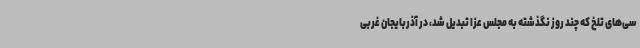
سی‌های تلخ که چند روز نگذشته به مجلس عزا تبدیل شد، در آذربایجان غربی